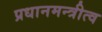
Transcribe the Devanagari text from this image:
प्रधानमन्त्रीत्व